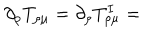
\partial _ { \rho } T _ { \rho \mu } = \partial _ { \rho } T _ { \rho \mu } ^ { I } =